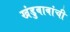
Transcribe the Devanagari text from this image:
खंडुबाबांची